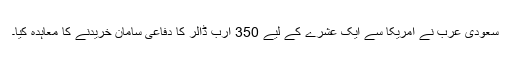
سعودی عرب نے امریکا سے ایک عشرے کے لیے 350 ارب ڈالر کا دفاعی سامان خریدنے کا معاہدہ کیا۔